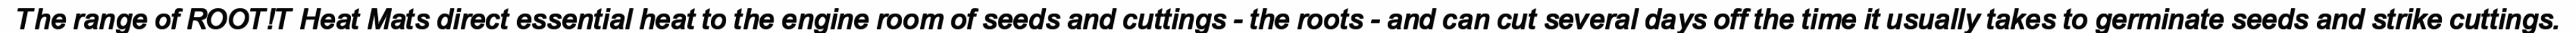
The range of ROOT!T Heat Mats direct essential heat to the engine room of seeds and cuttings - the roots - and can cut several days off the time it usually takes to germinate seeds and strike cuttings.